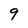
Character: 9